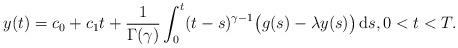
LaTeX: \begin{align*} y(t) = c_0 + c_1t + \frac1{\Gamma(\gamma)} \int_0^t (t-s)^{\gamma-1} \big( g(s) -\lambda y(s) \big) \, \mathrm{d}s, 0 < t < T.\end{align*}